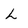
Character: L